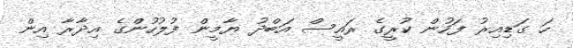
ހަ ގަޑިއިރު ފަހުން ކުރީގެ ރައީސް އަބްދު ޔާމީން ފުލުހުންގެ އިދާރާ އިން